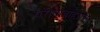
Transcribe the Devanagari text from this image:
परीघाबाहेरील